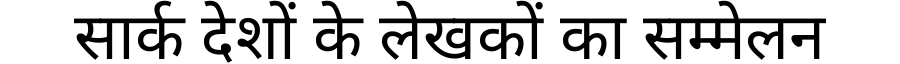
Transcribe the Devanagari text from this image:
सार्क देशों के लेखकों का सम्मेलन